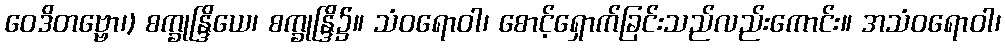
ဝေဒိတဗ္ဗော၊) စက္ခုန္ဒြိယေ၊ စက္ခုန္ဒြိ၌။ သံဝရောဝါ၊ စောင့်ရှောက်ခြင်းသည်လည်းကောင်း။ အသံဝရောဝါ၊